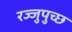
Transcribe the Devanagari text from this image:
रज्जुपुच्छ